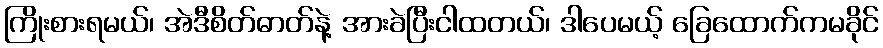
ကြိုးစားရမယ်၊ အဲဒီစိတ်ဓာတ်နဲ့ အားခဲပြီးငါထတယ်၊ ဒါပေမယ့် ခြေထောက်ကမခိုင်